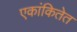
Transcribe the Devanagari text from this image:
एकांकितेत